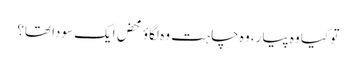
تو کیا وہ پیار، وہ چاہت وہ لگاؤ محض ایک سودا تھا؟